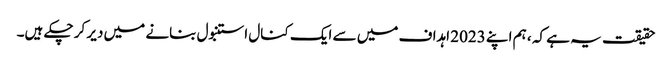
حقیقت یہ ہے کہ ، ہم اپنے 2023 اہداف میں سے ایک کنال استنبول بنانے میں دیر کر چکے ہیں۔